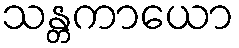
သန္တကာယော